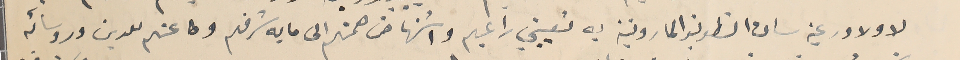
لاولاد رعية سان انطونيو المارونية به تعييني راعيهم واستنهاض همتهم الى ما به شرفهم وطاعتهم للدين وروسائه